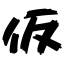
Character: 仮